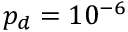
p _ { d } = 1 0 ^ { - 6 }